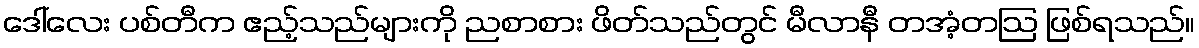
ဒေါ်လေး ပစ်တီက ဧည့်သည်များကို ညစာစား ဖိတ်သည်တွင် မီလာနီ တအံ့တဩ ဖြစ်ရသည်။